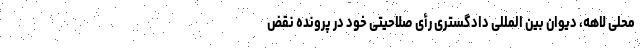
محلی لاهه، دیوان بین المللی دادگستری رأی صلاحیتی خود در پرونده نقض